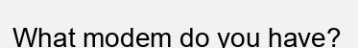
What modem do you have?